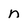
Character: n